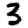
Digit: 3